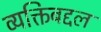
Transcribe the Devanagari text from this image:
व्यक्तिबद्दल